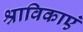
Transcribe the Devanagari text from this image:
श्राविकाएं